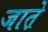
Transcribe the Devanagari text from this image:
जात़े